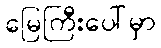
မြေကြီးပေါ်မှာ